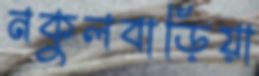
নকুলবাড়িয়া